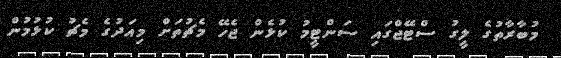
މުބާރާތުގެ ލީގު ސްޓޭޖްގައި ސަންޓީމު ކުޅެން ޖެހޭ މެޗުތަށް މިއަދުގެ މެޗު ކުޅުމުން